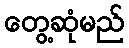
တွေ့ဆုံမည်